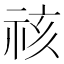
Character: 𮁷